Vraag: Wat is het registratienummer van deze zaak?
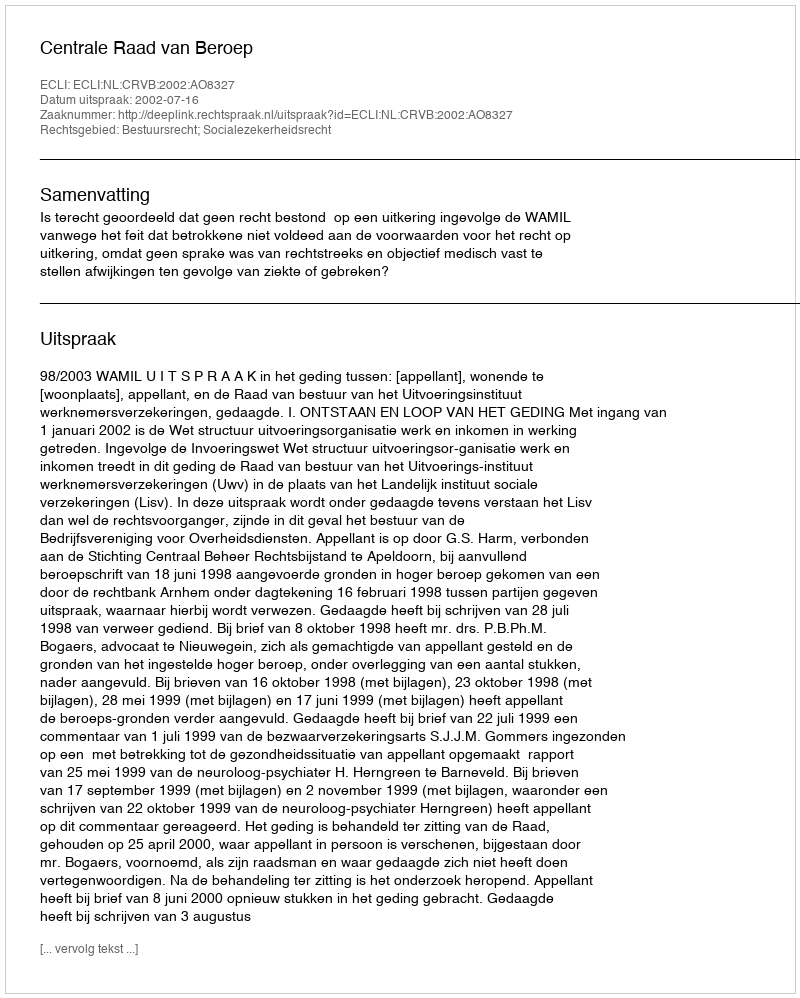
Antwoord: http://deeplink.rechtspraak.nl/uitspraak?id=ECLI:NL:CRVB:2002:AO8327